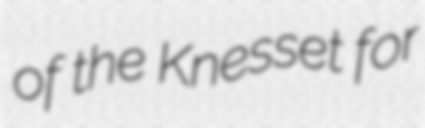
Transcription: of the Knesset for